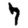
Digit: 7